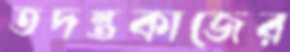
তদন্তকাজের